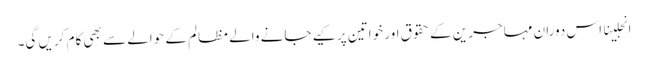
انجلینا اس دوران مہاجرین کے حقوق اور خواتین پر کیے جانے والے مظالم کے حوالے سے بھی کام کریں گی۔